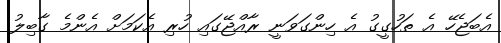
އެބަޖެހޭ އެ ތަހުގީގު އެ ހިންގަވަނީ ރާއްޖޭގައި ހުރި އެކަމަށް އެންމެ ގާބިލު